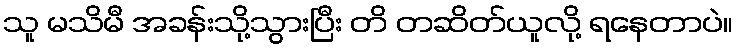
သူ မသိမီ အခန်းသို့သွားပြီး တိ တဆိတ်ယူလို့ ရနေတာပဲ။